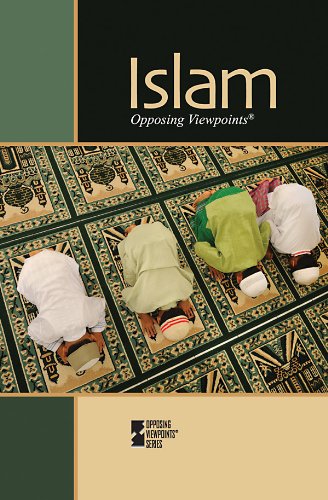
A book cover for Islam (Opposing Viewpoints); David M. Haugen; Teen & Young Adult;